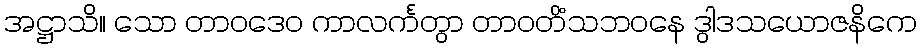
အဋ္ဌာသိ။ သော တာဝဒေဝ ကာလင်္ကတွာ တာဝတိံသဘဝနေ ဒွါဒသယောဇနိကေ